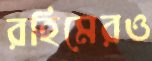
রহিমেরও